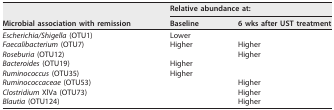
<table><thead><tr><td rowspan="2"><b>Microbial association with remission</b></td><td colspan="2"><b>Relative abundance at:</b></td></tr><tr><td><b>Baseline</b></td><td><b>6 wks after UST treatment</b></td></tr></thead><tbody><tr><td><i>Escherichia/Shigella</i> (OTU1)</td><td>Lower</td><td></td></tr><tr><td><i>Faecalibacterium</i> (OTU7)</td><td>Higher</td><td>Higher</td></tr><tr><td><i>Roseburia</i> (OTU12)</td><td></td><td>Higher</td></tr><tr><td><i>Bacteroides</i> (OTU19)</td><td>Higher</td><td></td></tr><tr><td><i>Ruminococcus</i> (OTU35)</td><td>Higher</td><td></td></tr><tr><td><i>Ruminococcaceae</i> (OTU53)</td><td></td><td>Higher</td></tr><tr><td><i>Clostridium</i> XlVa (OTU73)</td><td></td><td>Higher</td></tr><tr><td><i>Blautia</i> (OTU124)</td><td></td><td>Higher</td></tr></tbody></table>